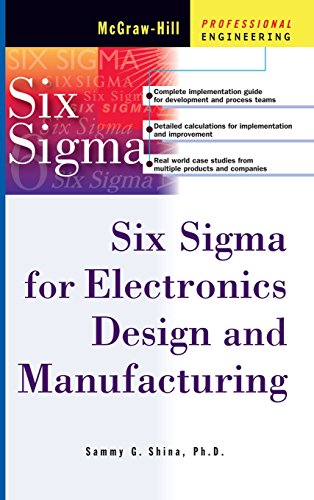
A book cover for Six Sigma for Electronics Design and Manufacturing (Professional Engineering); Sammy Shina; Science & Math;